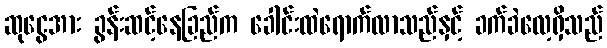
ဆုငွေအား ခွန်းဆင့်နေခြည်က ခေါင်းထဲရောက်လာသည်နှင့် ခက်ခဲလေ့ရှိသည်